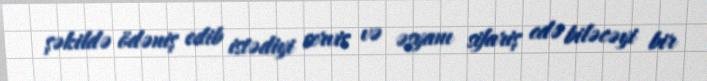
şəkildə ödəniş edib istədiyi servis və əşyanı sifariş edə biləcəyi bir